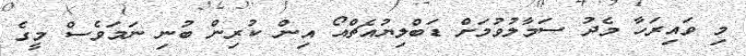
މި ވައިރަހާ މެދު ސަމާލުވުމަށް ޑަބްލިޔުއެޗްއޯ އިން ކުރިން ބުނި ނަމަވެސް މީގެ